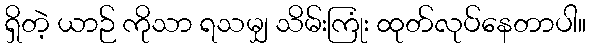
ရှိတဲ့ ယာဉ် ကိုသာ ရသမျှ သိမ်းကြုံး ထုတ်လုပ်နေတာပါ။